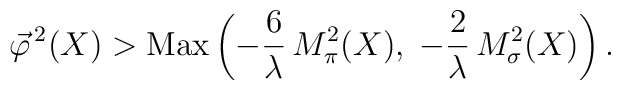
\vec{\varphi}^{\, 2} (X) > \mbox{Max} \left( - \frac{6}{\lambda} \, M_\pi^2 (X), \; - \frac{2}{\lambda} \, M_\sigma^2 (X) \right) .